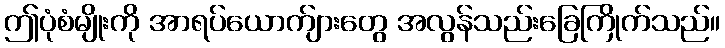
ဤပုံစံမျိုးကို အာရပ်ယောက်ျားတွေ အလွန်သည်းခြေကြိုက်သည်။